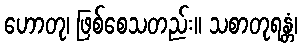
ဟောတု၊ ဖြစ်စေသတည်း။ သစာတုရန္တံ၊